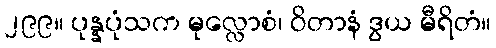
၂၉၉။ ပုန္နပုံသက မုလ္လောစံ၊ ဝိတာနံ ဒွယ မီရိတံ။